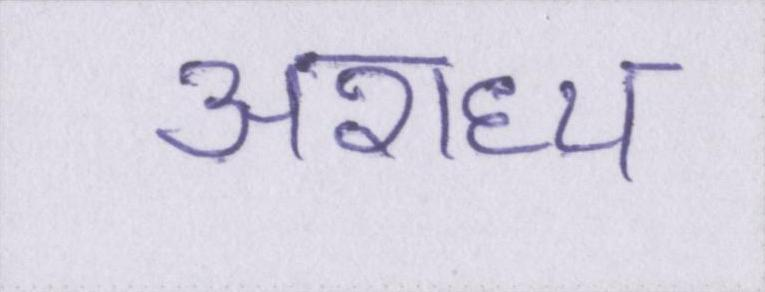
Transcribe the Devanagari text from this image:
अराध्य